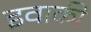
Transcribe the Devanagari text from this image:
इवाकी